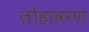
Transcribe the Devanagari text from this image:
लौहावरण